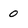
Character: 0